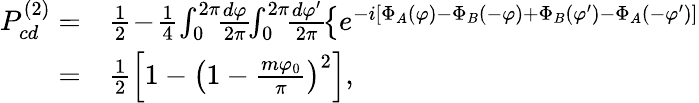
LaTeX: \begin{array}{rl}{P_{cd}^{(2)}=}&{{}\frac{1}{2}\! -\! \frac{1}{4}\! \int_{0}^{2\pi}\! \! \frac{d\varphi}{2\pi}\! \! \int_{0}^{2\pi}\! \! \frac{d\varphi^{\prime}}{2\pi}\! \left\{ e^{-i\left[\Phi_{A}(\varphi)-\Phi_{B}(-\varphi)+\Phi_{B}(\varphi^{\prime})-\Phi_{A}(-\varphi^{\prime})\right]}\right.}\\ {=}&{{}\frac{1}{2}\left[1-\left(1-\frac{m\varphi_{0}}{\pi}\right)^{2}\right],}\end{array}